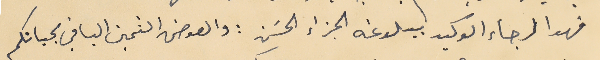
فهو الرجاء الوكيد ببلوغه الجزاء الحسَن : والعوض الثمين الباقي بحياتكم